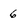
Character: 6